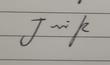
Signature authenticity: genuine